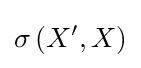
\sigma \left(X^{\prime },X\right)